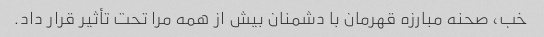
خب، صحنه مبارزه قهرمان با دشمنان بیش از همه مرا تحت تأثیر قرار داد.